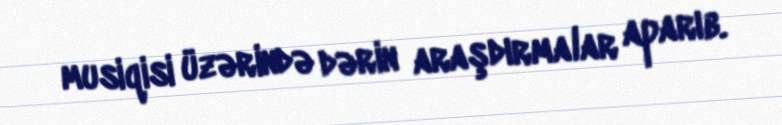
musiqisi üzərində dərin araşdırmalar aparıb.